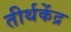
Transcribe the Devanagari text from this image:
तीर्थकेंद्र